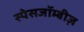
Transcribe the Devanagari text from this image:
स्पेसजॉम्बीज़